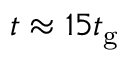
t \approx 1 5 t _ { \mathrm { g } }